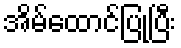
အိမ်ထောင်ပြုပြီး